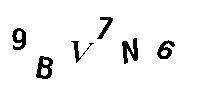
9BV7N6